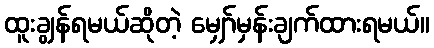
ထူးချွန်ရမယ်ဆိုတဲ့ မျှော်မှန်းချက်ထားရမယ်။